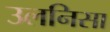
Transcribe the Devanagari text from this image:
उलनिसा